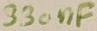
Text: 330nF